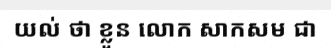
យល់ ថា ខ្លួន លោក សាកសម ជា